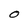
Character: O